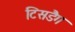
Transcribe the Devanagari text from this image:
टिसडैग